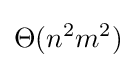
\Theta (n^{2}m^{2})